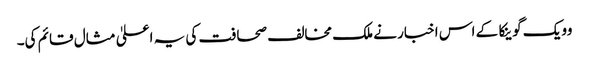
وویک گوینکا کے اس اخبار نے ملک مخالف صحافت کی یہ اعلیٰ مثال قائم کی۔